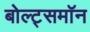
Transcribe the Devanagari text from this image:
बोल्ट्समॉन